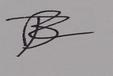
Signature authenticity: forged